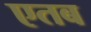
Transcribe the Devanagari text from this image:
एतब